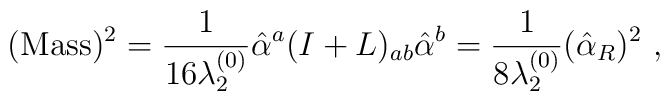
({\rm Mass})^2 = {1\over 16 \lambda_2^{(0)}} \hat{\alpha}^a(I + L)_{ab} \hat{\alpha}^b ={1\over 8\lambda_2^{(0)}} (\hat{\alpha}_R)^2 ~,